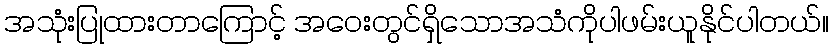
အသုံးပြုထားတာကြောင့် အဝေးတွင်ရှိသောအသံကိုပါဖမ်းယူနိုင်ပါတယ်။